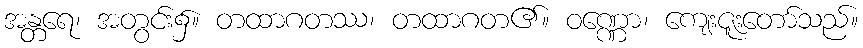
အန္တရေ၊ အတွင်း၌။ တထာဂတဿ၊ တထာဂတ၏။ ဝဏ္ဏော၊ ကျေးဇူးတော်သည်။